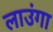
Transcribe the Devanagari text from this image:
लाउंगा